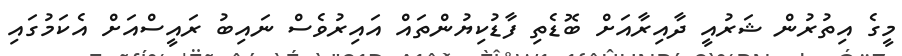
މީގެ އިތުރުން ޝަރުއީ ދާއިރާއަށް ބޮޑެތި ފާޑުކިޔުންތައް އައިރުވެސް ނައިބު ރައީސްއަށް އެކަމުގައި